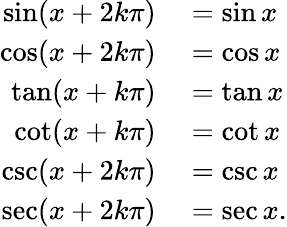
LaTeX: \begin{array}{rl}{\sin(x+2k\pi)}&{{}=\sin x}\\ {\cos(x+2k\pi)}&{{}=\cos x}\\ {\tan(x+k\pi)}&{{}=\tan x}\\ {\cot(x+k\pi)}&{{}=\cot x}\\ {\csc(x+2k\pi)}&{{}=\csc x}\\ {\sec(x+2k\pi)}&{{}=\sec x.}\end{array}